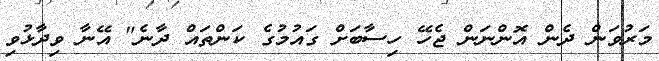
މަރުވަން ދެން އޮންނަން ޖެހޭ ހިސާބަށް ގައުމުގެ ކަންތައް ދާނެ" އޭނާ ވިދާޅުވި